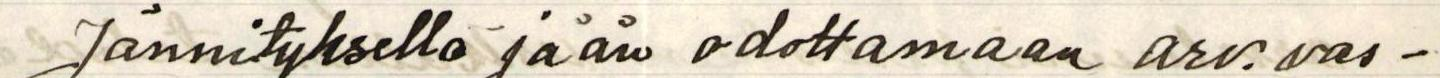
Jännityksellä jään odottamaan arv. vas-